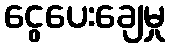
ငွေပေးချေမှု